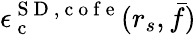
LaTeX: \epsilon_{\mathrm{~c~}}^{{\mathrm{~S~D~}},\mathrm{~c~o~f~e~}}(r_{s},\bar{f})